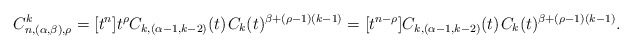
\begin{align*}C^k_{n,(\alpha,\beta),\rho} = [t^n] t^\rho C_{k,(\alpha-1,k-2)}(t) \kern+1pt C_k(t)^{\beta + (\rho-1)(k-1)} = [t^{n-\rho}]C_{k,(\alpha-1,k-2)}(t) \kern+1pt C_k(t)^{\beta+(\rho-1)(k-1)}.\end{align*}